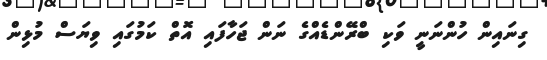
ގިނައިން ހުންނަނީ ވަކި ބްރޭންޑެއްގެ ނަން ޖަހާފައި އޮތް ކަމުގައި ވިޔަސް މުޅިން